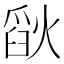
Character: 𪹗